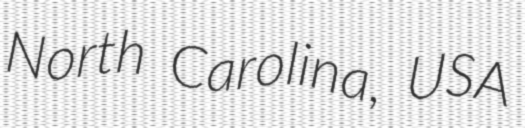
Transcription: North Carolina, USA